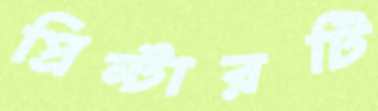
প্রিন্টারটি